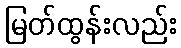
မြတ်ထွန်းလည်း